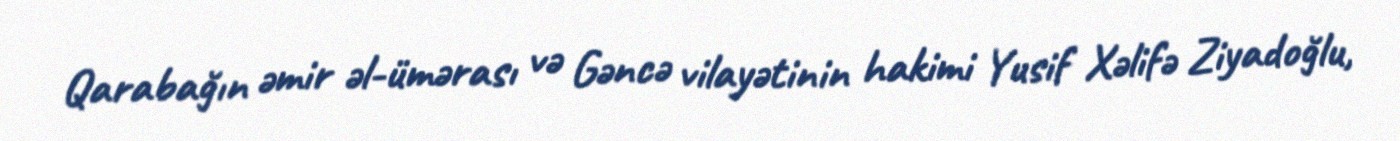
Qarabağın əmir əl-ümərası və Gəncə vilayətinin hakimi Yusif Xəlifə Ziyadoğlu,